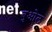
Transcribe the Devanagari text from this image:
बुओल